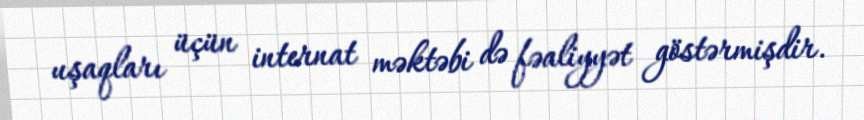
uşaqları üçün internat məktəbi də fəaliyyət göstərmişdir.